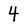
Character: 4